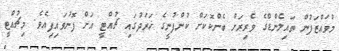
މުވައްޒަފުން ތައިލެންޑްގެ ވެރިރަށް ބެންކޮކަށް ކުންފުނީގެ ޚަރަދުގައި ޗުއްޓީ އަށް ފޮނުވައިފިއެވެ. މިޗުއްޓީ